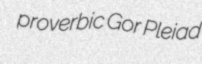
proverbic Gor Pleiad